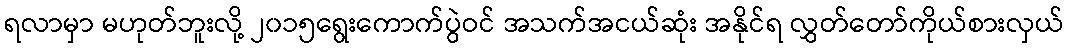
ရလာမှာ မဟုတ်ဘူးလို့ ၂၀၁၅ရွေးကောက်ပွဲဝင် အသက်အငယ်ဆုံး အနိုင်ရ လွှတ်တော်ကိုယ်စားလှယ်